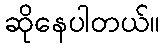
ဆိုနေပါတယ်။